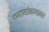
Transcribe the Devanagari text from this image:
स्थानांकनावर